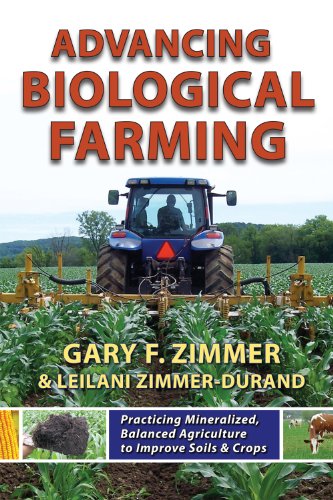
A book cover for Advancing Biological Farming; Gary F. Zimmer & Leilani Zimmer-Durand; Science & Math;